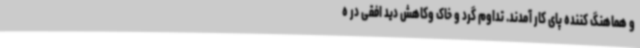
و هماهنگ کننده پای کار آمدند. تداوم گرد و خاک وکاهش دید افقی در ه